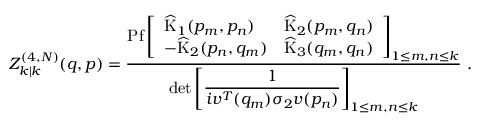
Z _ { k | k } ^ { ( 4 , N ) } ( q , p ) = \frac { { \mathrm { P f } } \left[ \begin{array} { l l } { \displaystyle \widehat \mathrm { K } _ { 1 } ( p _ { m } , p _ { n } ) } & { \widehat \mathrm { K } _ { 2 } ( p _ { m } , q _ { n } ) } \\ { - \widehat \mathrm { K } _ { 2 } ( p _ { n } , q _ { m } ) } & { \widehat \mathrm { K } _ { 3 } ( q _ { m } , q _ { n } ) } \end{array} \right] _ { 1 \leq m , n \leq k } } { \operatorname* { d e t } \left[ \displaystyle \frac { 1 } { i v ^ { T } ( q _ { m } ) \sigma _ { 2 } v ( p _ { n } ) } \right] _ { 1 \leq m , n \leq k } } \ .